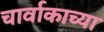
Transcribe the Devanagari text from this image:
चार्वाकाच्या